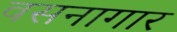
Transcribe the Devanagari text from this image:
वसनागार